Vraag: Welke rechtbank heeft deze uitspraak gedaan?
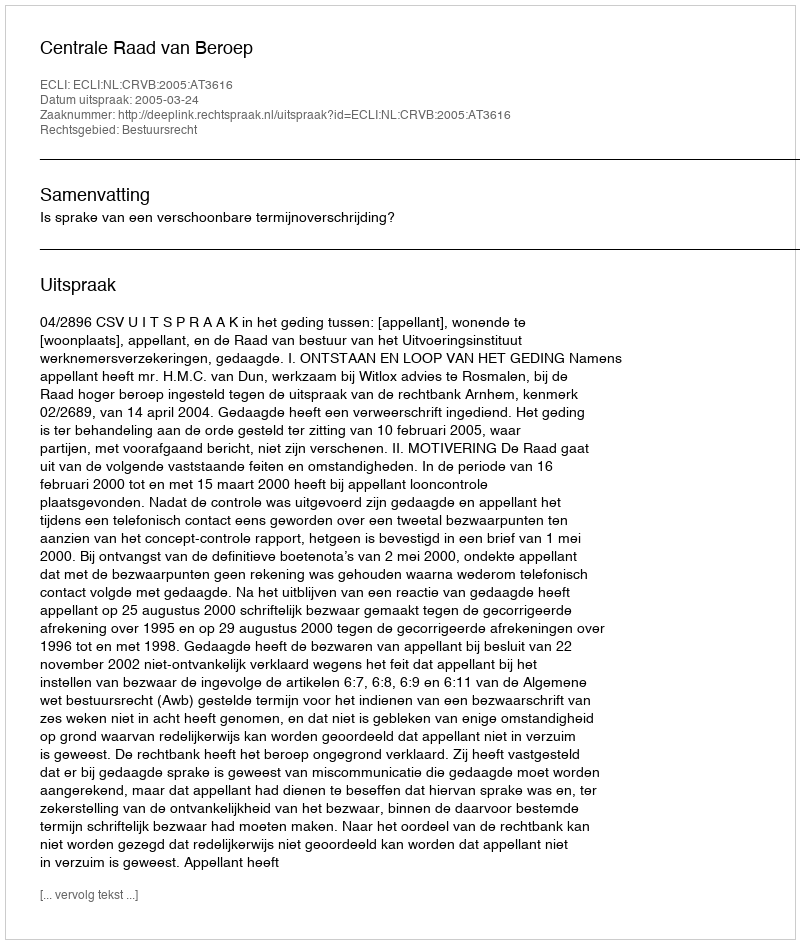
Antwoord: Centrale Raad van Beroep